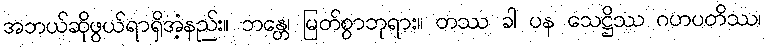
အဘယ်ဆိုဖွယ်ရာရှိအံ့နည်း။ ဘန္တေ၊ မြတ်စွာဘုရား။ တဿ ခါ ပန သေဋ္ဌိဿ ဂဟပတိဿ၊